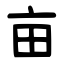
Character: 亩